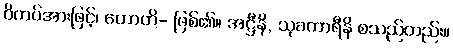
ဝိကပ်အားဖြင့်၊ ဟောတိ- ဖြစ်၏။ အဋ္ဌီနိ, သုခကာရီနိ စသည်တည်း။